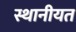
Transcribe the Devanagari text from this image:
स्थानीयत